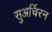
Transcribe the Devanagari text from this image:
सुअर्चिरन